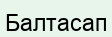
Балтасап